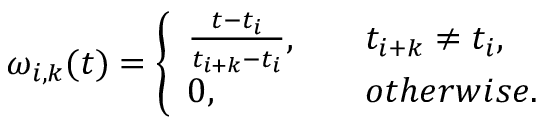
\omega _ { i , k } ( t ) = \left\{ \begin{array} { l l } { \frac { t - t _ { i } } { t _ { i + k } - t _ { i } } , \quad } & { t _ { i + k } \neq t _ { i } , } \\ { 0 , \quad } & { o t h e r w i s e . } \end{array} \right.